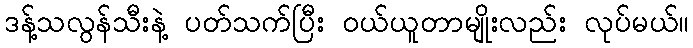
ဒန့်သလွန်သီးနဲ့ ပတ်သက်ပြီး ဝယ်ယူတာမျိုးလည်း လုပ်မယ်။